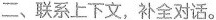
二、联系上下文，补全对话。